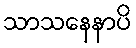
သာသနေနာပိ